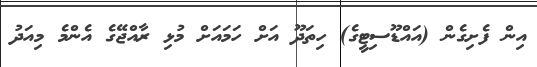
އިން ފެށިގެން (އައްޑޫސިޓީގެ) ހިތަދޫ އަށް ހަމައަށް މުޅި ރާއްޖޭގެ އެންމެ މިއަދު